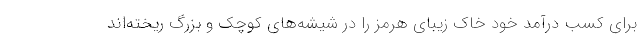
برای کسب درآمد خود خاک زیبای هرمز را در شیشه‌های کوچک و بزرگ ریخته‌اند